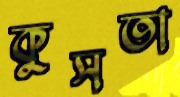
কুসতা